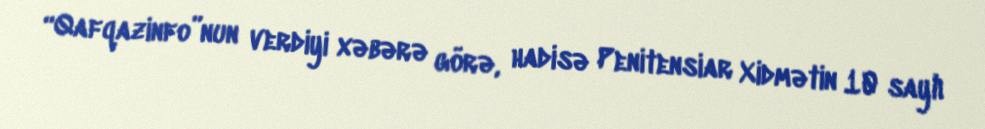
“Qafqazinfo”nun verdiyi xəbərə görə, hadisə Penitensiar Xidmətin 10 saylı